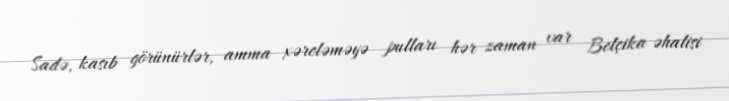
Sadə, kasıb görünürlər, amma xərcləməyə pulları hər zaman var Belçika əhalisi